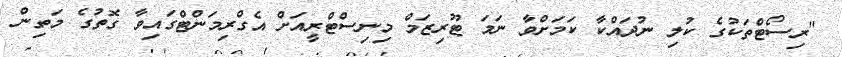
"ރިސޯޓްތަކުގެ ކުލި ނުދައްކާ ކަމަށްވާ ނަމަ ޓޫރިޒަމް މިނިސްޓްރީއަށް އެގްރިމަންޓްގައިވާ ގޮތުގެ މަތިން